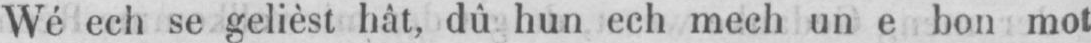
Wé ech se gelièst hât, dû hun ech mech un e bon mot